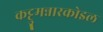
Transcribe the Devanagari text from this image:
कट्टुमन्नारकोइल